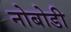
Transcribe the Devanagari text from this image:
नोबोडी